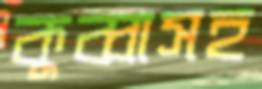
কুব্বাসহ